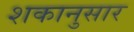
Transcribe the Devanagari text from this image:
शकानुसार